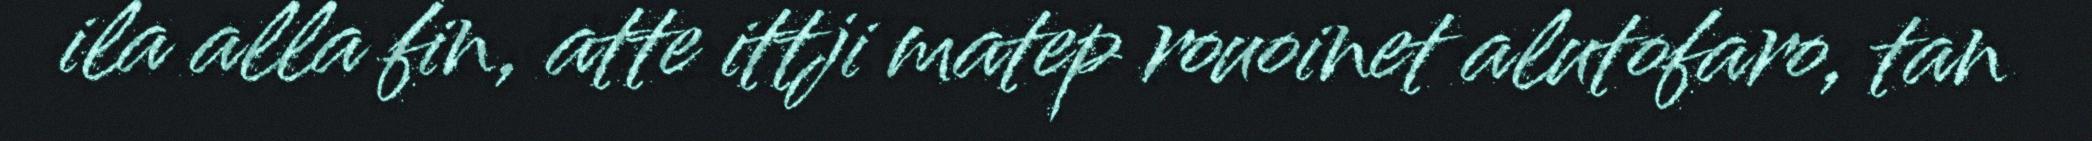
ila alla fin, atte ittji matep rouoinet alutofaro, tan